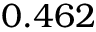
0 . 4 6 2